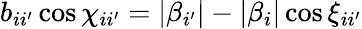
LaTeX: b_{ii^{\prime}}\cos\chi_{ii^{\prime}}=|\beta_{i^{\prime}}|-|\beta_{i}|\cos\xi_{ii^{\prime}}